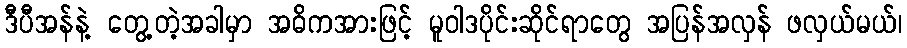
ဒီပီအန်နဲ့ တွေ့တဲ့အခါမှာ အဓိကအားဖြင့် မူဝါဒပိုင်းဆိုင်ရာတွေ အပြန်အလှန် ဖလှယ်မယ်၊